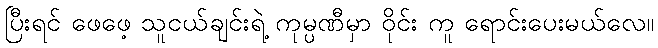
ပြီးရင် ဖေဖေ့ သူငယ်ချင်းရဲ့ ကုမ္ပဏီမှာ ဝိုင်း ကူ ရောင်းပေးမယ်လေ။